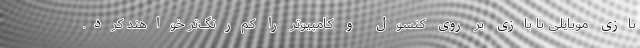
بازی موبایلی با بازی بر روی کنسول و کامپیوتر را کم‌رنگ‌تر خواهند کرد.